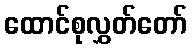
ထောင်စုလွှတ်တော်